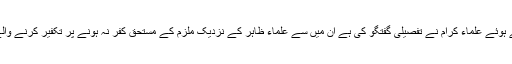
ان احادیث کے تحت شرح کرتے ہوئے علماء کرام نے تفصیلی گفتگو کی ہے ان میں سے علماء ظاہر کے نزدیک ملزم کے مستحق کفر نہ ہونے پر تکفیر کرنے والے پروجوب کفر کا حکم لگےگا۔